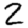
Digit: 2